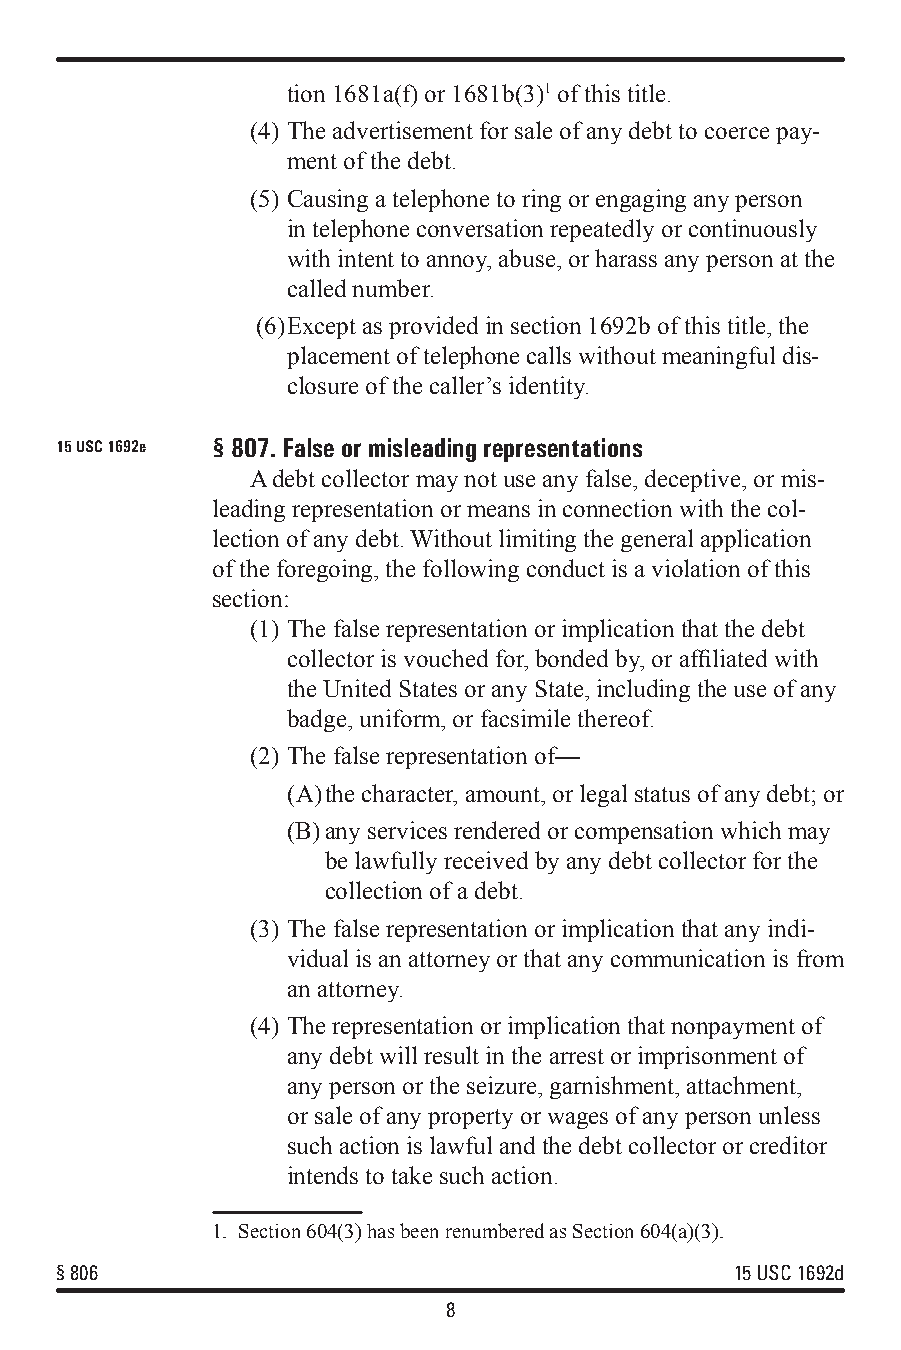
tion 1681a(f) or 1681b(3)1 of this title.
 (4) The advertisement for sale of any debt to coerce pay-
 ment of the debt.
 (5) Causing a telephone to ring or engaging any person
 in telephone conversation repeatedly or continuously
 with intent to annoy, abuse, or harass any person at the
 called number.
 (6) Except as provided in section 1692b of this title, the
 placement of telephone calls without meaningful dis-
 closure of the caller’s identity.
 15 USC 1692e §807. False or misleading representations
 A debt collector may not use any false, deceptive, or mis-
 leading representation or means in connection with the col-
 lection of any debt. Without limiting the general application
 of the foregoing, the following conduct is a violation of this
 section:
 (1) The false representation or implication that the debt
 collector is vouched for, bonded by, or affiliated with
 the United States or any State, including the use of any
 badge, uniform, or facsimile thereof.
 (2) The false representation of—
 (A) the character, amount, or legal status of any debt; or
 (B) any services rendered or compensation which may
 be lawfully received by any debt collector for the
 collection of a debt.
 (3) The false representation or implication that any indi-
 vidual is an attorney or that any communication is from
 an attorney.
 (4) The representation or implication that nonpayment of
 any debt will result in the arrest or imprisonment of
 any person or the seizure, garnishment, attachment,
 or sale of any property or wages of any person unless
 such action is lawful and the debt collector or creditor
 intends to take such action.
 1. Section 604(3) has been renumbered as Section 604(a)(3).
 §806                                         15 USC 1692d
 8